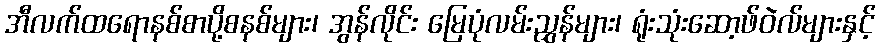
အီလက်ထရောနစ်စာပို့စနစ်များ၊ အွန်လိုင်း မြေပုံလမ်းညွှန်များ၊ ရုံးသုံးဆော့ဖ်ဝဲလ်များနှင့်